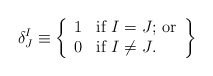
\begin{align*}\delta^I_J \equiv \left\{ \begin{array}{ll} 1 & \mbox{if $I = J$; or} \\ 0 & \mbox{if $I \neq J$.} \\ \end{array} \right\}\end{align*}